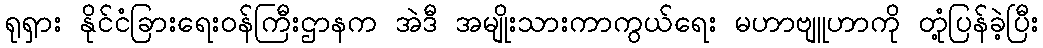
ရုရှား နိုင်ငံခြားရေးဝန်ကြီးဌာနက အဲဒီ အမျိုးသားကာကွယ်ရေး မဟာဗျူဟာကို တုံ့ပြန်ခဲ့ပြီး